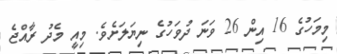
މިމަހުގެ 16 އިން 26 ވަނަ ދުވަހުގެ ނިޔަލަށެވެ. މިއީ މެދު ރާއްޖެ